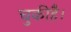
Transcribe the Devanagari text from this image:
चुकीहै।